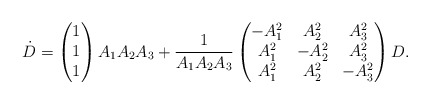
\begin{align*}\dot{D}= \begin{pmatrix}1 \\1 \\1\end{pmatrix}A_1 A_2 A_3 + \dfrac{1}{A_1 A_2 A_3} \begin{pmatrix}-A_1^2 & A_2^2 & A_3^2 \\A_1^2 & -A_2^2 & A_3^2 \\A_1^2 & A_2^2 & -A_3^2\end{pmatrix}D.\end{align*}